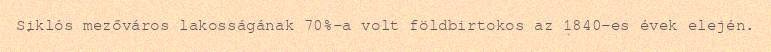
Siklós mezőváros lakosságának 70%-a volt földbirtokos az 1840-es évek elején.